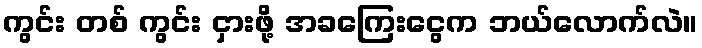
ကွင်း တစ် ကွင်း ငှားဖို့ အခကြေးငွေက ဘယ်လောက်လဲ။